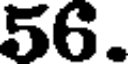
56.